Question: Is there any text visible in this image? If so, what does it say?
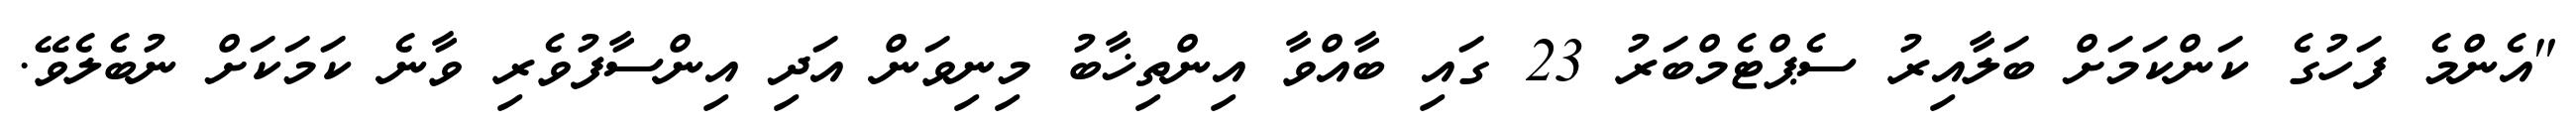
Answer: "އެންމެ ފަހުގެ ކަންކަމަށް ބަލާއިރު ސެޕްޓެމްބަރު 23 ގައި ބާއްވާ އިންތިޚާބު މިނިވަން އަދި އިންސާފުވެރި ވާނެ ކަމަކަށް ނުބެލެވޭ.